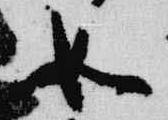
如